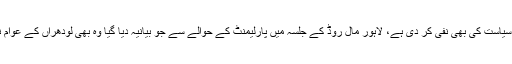
انہوں نے وراثتی سیاست کی بھی نفی کر دی ہے، لاہور مال روڈ کے جلسہ میں پارلیمنٹ کے حوالے سے جو بیانیہ دیا گیا وہ بھی لودھراں کے عوام نے مسترد کر دیا۔